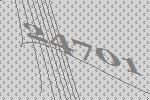
24701